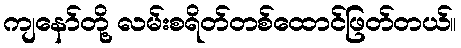
ကျနော်တို့ လမ်းစရိတ်တစ်ထောင်ဖြတ်တယ်။